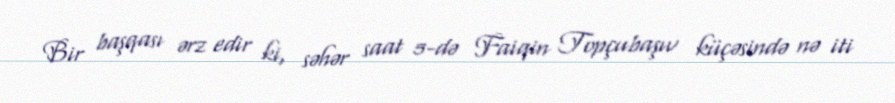
Bir başqası ərz edir ki, səhər saat 5-də Faiqin Topçubaşıv küçəsində nə iti